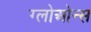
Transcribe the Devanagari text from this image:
ग्लोओन्स